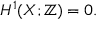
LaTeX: H ^ { 1 } ( X ; \mathbb { Z } ) = 0 .